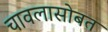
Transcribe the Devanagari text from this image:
चावलासोबत